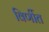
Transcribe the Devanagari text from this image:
विर्णीत